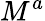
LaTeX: M^{a}